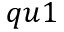
q u 1